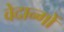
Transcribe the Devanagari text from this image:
वेदान्गों